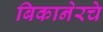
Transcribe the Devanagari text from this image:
बिकानेरचे